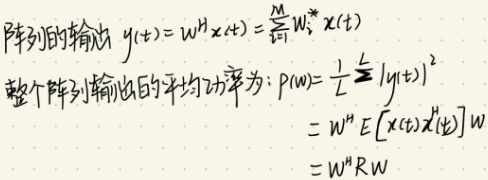
阵列的输出 \(y(t)=w^Hx(t)=\sum_{k = 1}^{M}w_{k}^{*}x_{k}(t)\)
整个阵列输出的平均功率为：\(P(\omega)=\frac{1}{L}\sum_{t = 1}^{L}|y(t)|^{2}\)
\[
\begin{align*}
&=w^H E\left[x(t)x^{H}(t)\right]w\\
&=w^HRw
\end{align*}
\]